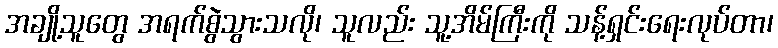
အချို့သူတွေ အရက်စွဲသွားသလို၊ သူလည်း သူ့အိမ်ကြီးကို သန့်ရှင်းရေးလုပ်တာ၊